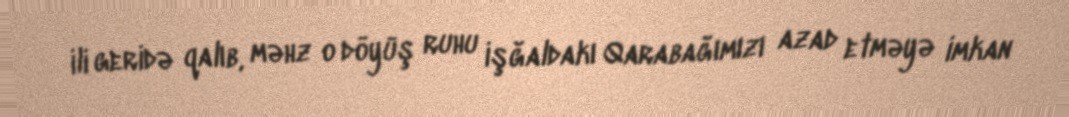
ili geridə qalıb, məhz o döyüş ruhu işğaldakı Qarabağımızı azad etməyə imkan